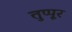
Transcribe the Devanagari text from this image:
तुप्पूर